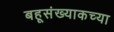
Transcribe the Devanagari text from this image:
बहूसंख्याकच्या